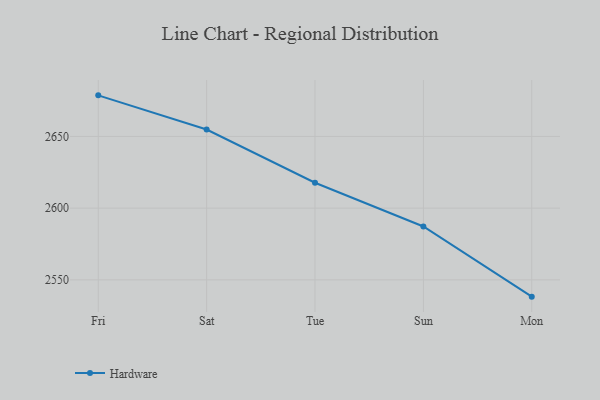
{"axis": {"x": "Day", "y": "Revenue (USD Million)"}, "legend": ["Hardware"], "data": [{"x": "Fri", "y": 2678.6, "type": "Hardware"}, {"x": "Sat", "y": 2654.8, "type": "Hardware"}, {"x": "Tue", "y": 2617.7, "type": "Hardware"}, {"x": "Sun", "y": 2587.2, "type": "Hardware"}, {"x": "Mon", "y": 2538.3, "type": "Hardware"}]}